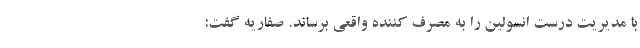
با مدیریت درست انسولین را به مصرف کننده واقعی برساند. صفاریه گفت: